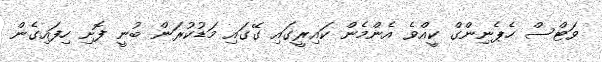
ވަޓްސް ހެޕެނިންގް ކީއްވެ އެންމެން ކައިރީގައި ގޭގައި މަޑުކުރަން ބުނީ ފޮށި ހިފައިގެން